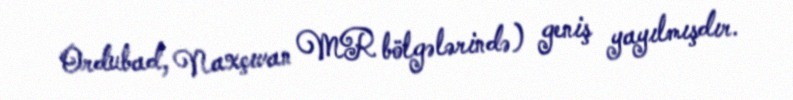
Ordubad, Naxçıvan MR bölgələrində) geniş yayılmışdır.